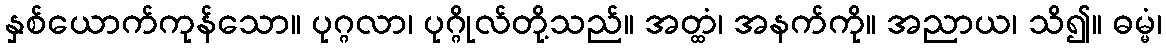
နှစ်ယောက်ကုန်သော။ ပုဂ္ဂလာ၊ ပုဂ္ဂိုလ်တို့သည်။ အတ္ထံ၊ အနက်ကို။ အညာယ၊ သိ၍။ ဓမ္မံ၊